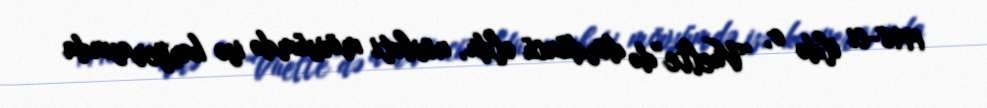
1998-ci ildə o, “Vuelte”də dördüncü oldu, növbəti mövsümdə isə karyerasında